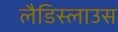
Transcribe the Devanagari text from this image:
लैडिस्लाउस